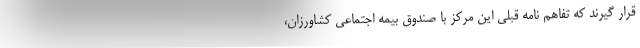
قرار گیرند که تفاهم نامه قبلی این مرکز با صندوق بیمه اجتماعی کشاورزان،